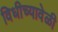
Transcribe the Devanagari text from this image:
विधीच्यावेळी